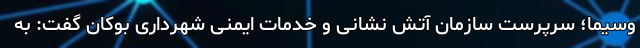
وسیما؛ سرپرست سازمان آتش نشانی و خدمات ایمنی شهرداری بوکان گفت: به